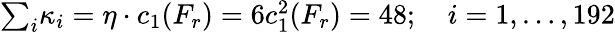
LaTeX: \textstyle{\sum_{i}}\kappa_{i}=\eta\cdot c_{1}(F_{r})=6c_{1}^{2}(F_{r})=48;\quad i=1,\ldots,192